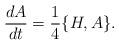
LaTeX: \begin{align*}\frac{dA}{dt}=\frac{1}{4} \{H,A \} .\end{align*}